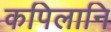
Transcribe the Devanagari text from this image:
कपिलानि